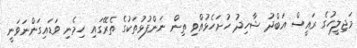
މަޖިލީހުގެ ރައީސް އަބްދު ޝާހިދު ހުށަހެޅުއްވި ތިން ނަންފުޅުތަކުގެ ތެރޭގައި ހިމެނި ވަޑައިގަންނަވަނީ